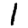
Digit: 1